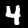
Digit: 4